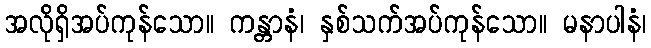
အလိုရှိအပ်ကုန်သော။ ကန္တာနံ၊ နှစ်သက်အပ်ကုန်သော။ မနာပါနံ၊